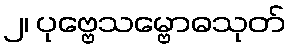
၂၊ ပုဗ္ဗေသမ္ဗောဓသုတ်